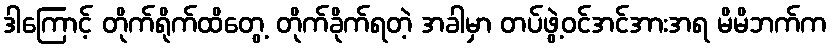
ဒါကြောင့် တိုက်ရိုက်ထိတွေ့ တိုက်ခိုက်ရတဲ့ အခါမှာ တပ်ဖွဲ့ဝင်အင်အားအရ မိမိဘက်က